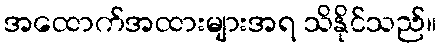
အထောက်အထားများအရ သိနိုင်သည်။